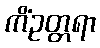
ကိံဥတ္တရာ